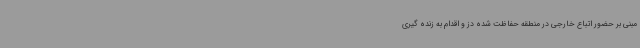
مبنی بر حضور اتباع خارجی در منطقه حفاظت شده دز و اقدام به زنده گیری